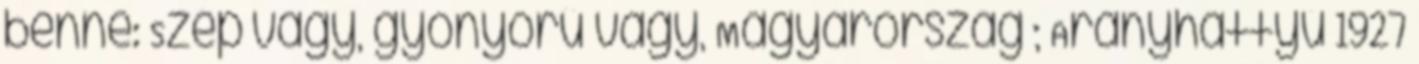
benne: Szép vagy, gyönyörű vagy, Magyarország ; Aranyhattyú 1927